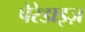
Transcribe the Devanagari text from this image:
पेरेडाइज़